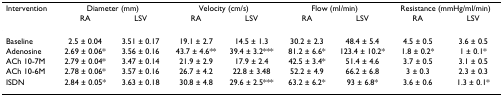
<table><thead><tr><td><b>Intervention</b></td><td colspan="2"><b>Diameter (mm)</b></td><td colspan="2"><b>Velocity (cm/s)</b></td><td colspan="2"><b>Flow (ml/min)</b></td><td colspan="2"><b>Resistance (mmHg/ml/min)</b></td></tr><tr><td></td><td><b>RA</b></td><td><b>LSV</b></td><td><b>RA</b></td><td><b>LSV</b></td><td><b>RA</b></td><td><b>LSV</b></td><td><b>RA</b></td><td><b>LSV</b></td></tr></thead><tbody><tr><td>Baseline</td><td>2.5 ± 0.04</td><td>3.51 ± 0.17</td><td>19.1 ± 2.7</td><td>14.5 ± 1.3</td><td>30.2 ± 2.3</td><td>48.4 ± 5.4</td><td>4.5 ± 0.5</td><td>3.6 ± 0.5</td></tr><tr><td>Adenosine</td><td>2.69 ± 0.06*</td><td>3.56 ± 0.16</td><td>43.7 ± 4.6**</td><td>39.4 ± 3.2***</td><td>81.2 ± 6.6*</td><td>123.4 ± 10.2*</td><td>1.8 ± 0.2*</td><td>1 ± 0.1*</td></tr><tr><td>ACh 10-7M</td><td>2.79 ± 0.04*</td><td>3.47 ± 0.14</td><td>21.9 ± 2.9</td><td>17.9 ± 2.4</td><td>42.5 ± 3.4*</td><td>51.4 ± 4.6</td><td>3.7 ± 0.5</td><td>3.1 ± 0.5</td></tr><tr><td>ACh 10-6M</td><td>2.78 ± 0.06*</td><td>3.57 ± 0.16</td><td>26.7 ± 4.2</td><td>22.8 ± 3.48</td><td>52.2 ± 4.9</td><td>66.2 ± 6.8</td><td>3 ± 0.3</td><td>2.3 ± 0.3</td></tr><tr><td>ISDN</td><td>2.84 ± 0.05*</td><td>3.63 ± 0.18</td><td>30.8 ± 4.8</td><td>29.6 ± 2.5***</td><td>63.2 ± 6.2*</td><td>93 ± 6.8*</td><td>3.6 ± 0.6</td><td>1.3 ± 0.1*</td></tr></tbody></table>